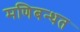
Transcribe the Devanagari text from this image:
मणिबन्धत